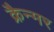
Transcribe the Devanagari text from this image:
क्रैन्मर